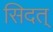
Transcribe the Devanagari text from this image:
सिदत्